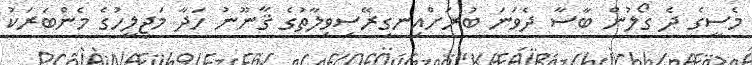
މެސީގެ ދެ ގޯލުން ބާސާ ދެވަނަ ބުރަށްއިނގިރޭސިވިލާތުގެ ޤާނޫނު ހަދާ މަޖިލީހުގެ މެންބަރަކު